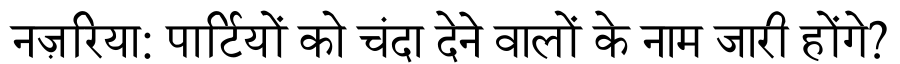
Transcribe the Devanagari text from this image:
नज़रिया: पार्टियों को चंदा देने वालों के नाम जारी होंगे?